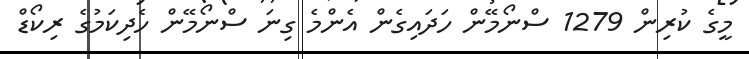
މީގެ ކުރިން 1279 ސްނޯމޭން ހަދައިގެން އެންމެ ގިނަ ސްނޯމޭން ހެދިކަމުގެ ރިކޯޑް